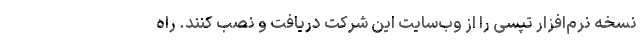
نسخه نرم‌افزار تپسی را از وب‌سایت این شرکت دریافت و نصب کنند. راه